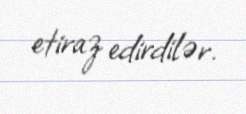
etiraz edirdilər.